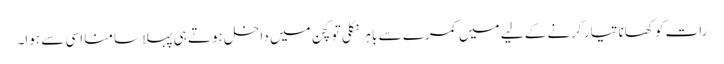
رات کو کھانا تیار کرنے کے لیے میں کمرے سے باہر نکلی تو کچن میں داخل ہوتے ہی پہلا سامنا اسی سے ہوا۔